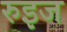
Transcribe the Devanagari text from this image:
रुइज